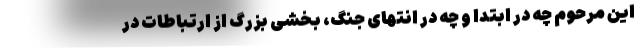
این مرحوم چه در ابتدا و چه در انتهای جنگ، بخشی بزرگ از ارتباطات در